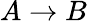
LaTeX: A\to B